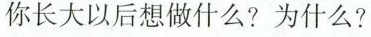
你长大以后想做什么?为什么?